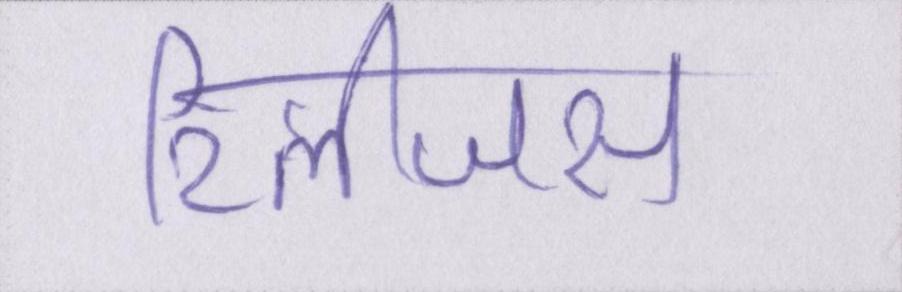
रिलीजस